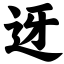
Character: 迓